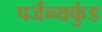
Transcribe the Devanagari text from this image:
पर्जन्यकुंड